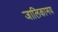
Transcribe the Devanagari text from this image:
जालिकामय